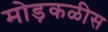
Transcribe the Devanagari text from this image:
मोड़कळीस